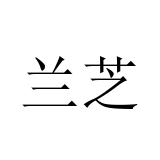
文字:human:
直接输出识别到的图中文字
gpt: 兰芝